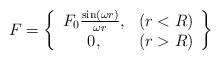
LaTeX: \begin{align*}F=\left\{ \begin{array}{cc}F_0\frac{\sin (\omega r)}{\omega r}, & (r<R) \\ 0, & (r>R)\end{array}\right\} \end{align*}